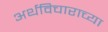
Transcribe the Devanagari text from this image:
अर्थविचाराच्या